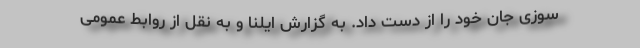
سوزی جان خود را از دست داد. به گزارش ایلنا و به نقل از روابط عمومی